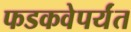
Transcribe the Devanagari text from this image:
फडकवेपर्यंत